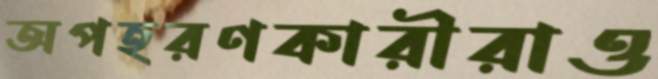
অপহরণকারীরাও